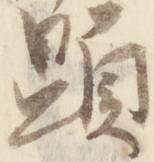
顕